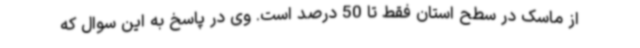
از ماسک در سطح استان فقط تا 50 درصد است. وی در پاسخ به این سوال که